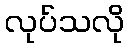
လုပ်သလို